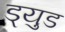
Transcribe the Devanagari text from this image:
ड्युड